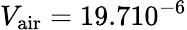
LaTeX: V_{\mathrm{air}}=19.710^{-6}